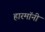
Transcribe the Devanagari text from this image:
हारमॉनी